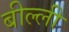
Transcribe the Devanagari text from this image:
बील्ली